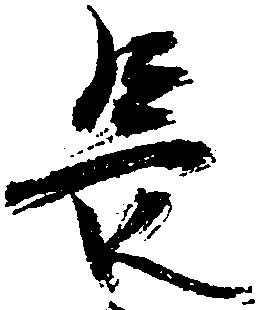
長